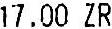
17.00 ZR